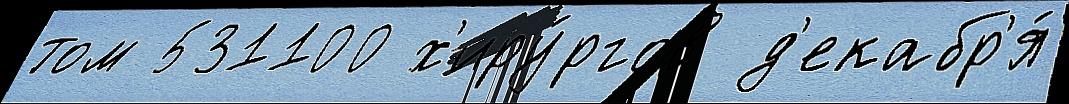
том 531100 х'иру́ргов д'екабр'я́